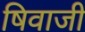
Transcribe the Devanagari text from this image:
षिवाजी